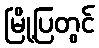
မြို့ပြတွင်